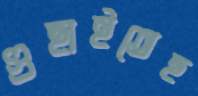
গুছাইতেছ